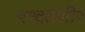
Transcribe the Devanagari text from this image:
पध्दतशीर